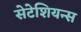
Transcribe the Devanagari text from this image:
सेटेशियन्स